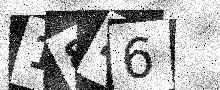
Text: 1846